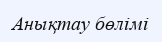
Анықтау бөлімі